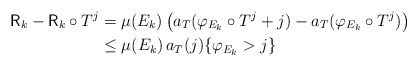
\begin{align*}\mathsf{R}_{k}-\mathsf{R}_{k}\circ T^{j} & =\mu(E_{k})\left( a_{T}(\varphi_{E_{k}}\circ T^{j}+j)-a_{T}(\varphi_{E_{k}}\circ T^{j})\right) \\& \leq\mu(E_{k})\,a_{T}(j)\{\varphi_{E_{k}}>j\}\end{align*}